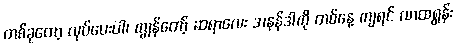
တစ်ခုတော့ လုပ်ပေးပါ၊ ကျွန်တော့် ဆရာလေး အနန်ဒါကို တစ်နေ့ ကျရင် လာထရွန်း